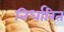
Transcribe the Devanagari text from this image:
निर्धारित